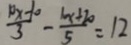
\frac { 1 0 x - 1 0 } { 3 } - \frac { 1 0 x + 2 0 } { 5 } = 1 2